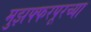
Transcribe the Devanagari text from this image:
मुझफ्फरपूरच्या